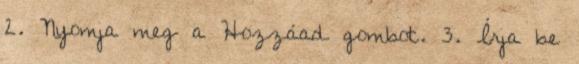
2. Nyomja meg a Hozzáad gombot. 3. Írja be